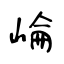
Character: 崘